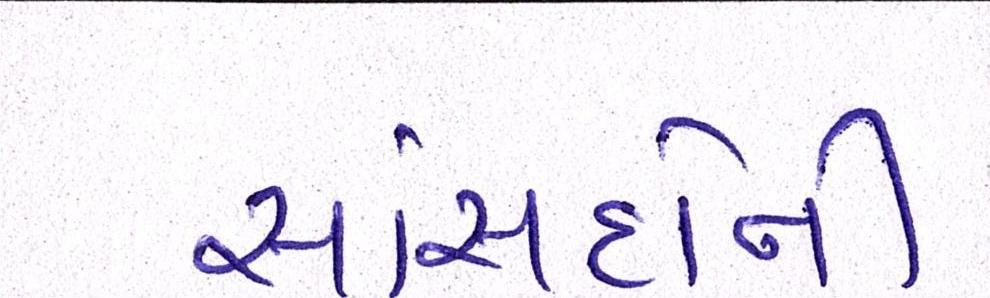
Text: સાંસદોની